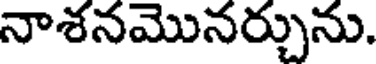
నాశనమొనర్చును.